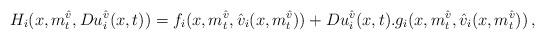
LaTeX: \begin{align*}H_{i}(x,m^{\hat v}_{t},Du^{\hat v}_{i}(x,t))&=f_{i}(x,m^{\hat v}_{t},\hat{v}_{i}(x,m^{\hat v}_{t}))+Du^{\hat v}_{i}(x,t).g_{i}(x,m^{\hat v}_{t},\hat{v}_{i}(x,m^{\hat v}_{t})) \, ,\end{align*}